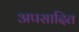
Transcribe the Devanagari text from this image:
अपसादित